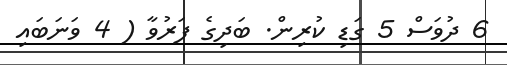
6 ދުވަސް 5 ގަޑި ކުރިން. ބަދިގެ ފަރުވާ ( 4 ވަނަބައި